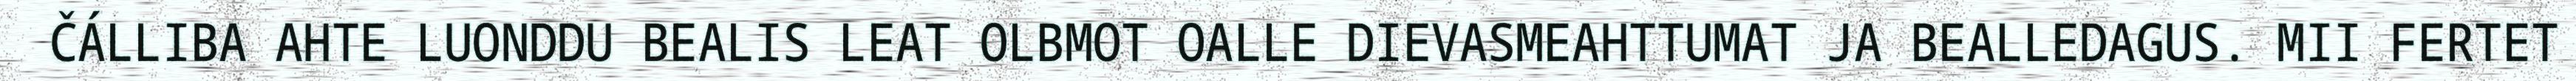
ČÁLLIBA AHTE LUONDDU BEALIS LEAT OLBMOT OALLE DIEVASMEAHTTUMAT JA BEALLEDAGUS. MII FERTET